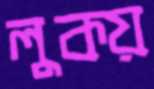
লুকয়